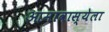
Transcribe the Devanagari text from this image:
आमावास्येला